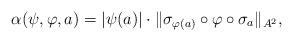
LaTeX: \begin{align*}\alpha(\psi,\varphi,a)=|\psi(a)|\cdot\|\sigma_{\varphi(a)}\circ\varphi\circ\sigma_a\|_{A^2},\end{align*}